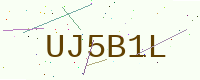
Text: UJ5B1L